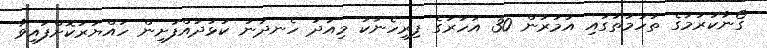
ގޯނާކުރުމުގެ ތުހުމަތުގައި އުމުރުން 30 އަހަރުގެ ފިރިހެނަކު މިއަދު ހެނދުނު ކުޅުދުއްފުށިން ހައްޔަރުކޮށްފައިވާ